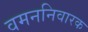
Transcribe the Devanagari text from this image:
वमननिवारक